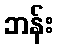
ဘန်း